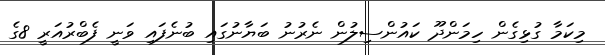
މިކަމާ ގުޅިގެން ހިމަންދޫ ކައުންސިލުން ނެރުނު ބަޔާނުގައި ބުނެފައި ވަނީ ފެބްރުއަރީ 8ގެ